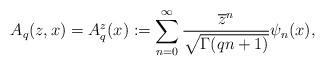
LaTeX: \begin{align*}A_q(z,x)=A_q^z (x):=\displaystyle \sum_{n=0}^\infty \frac{\overline{z}^n}{\sqrt{\Gamma(qn+1)}}\psi_n(x),\end{align*}